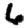
Digit: 6